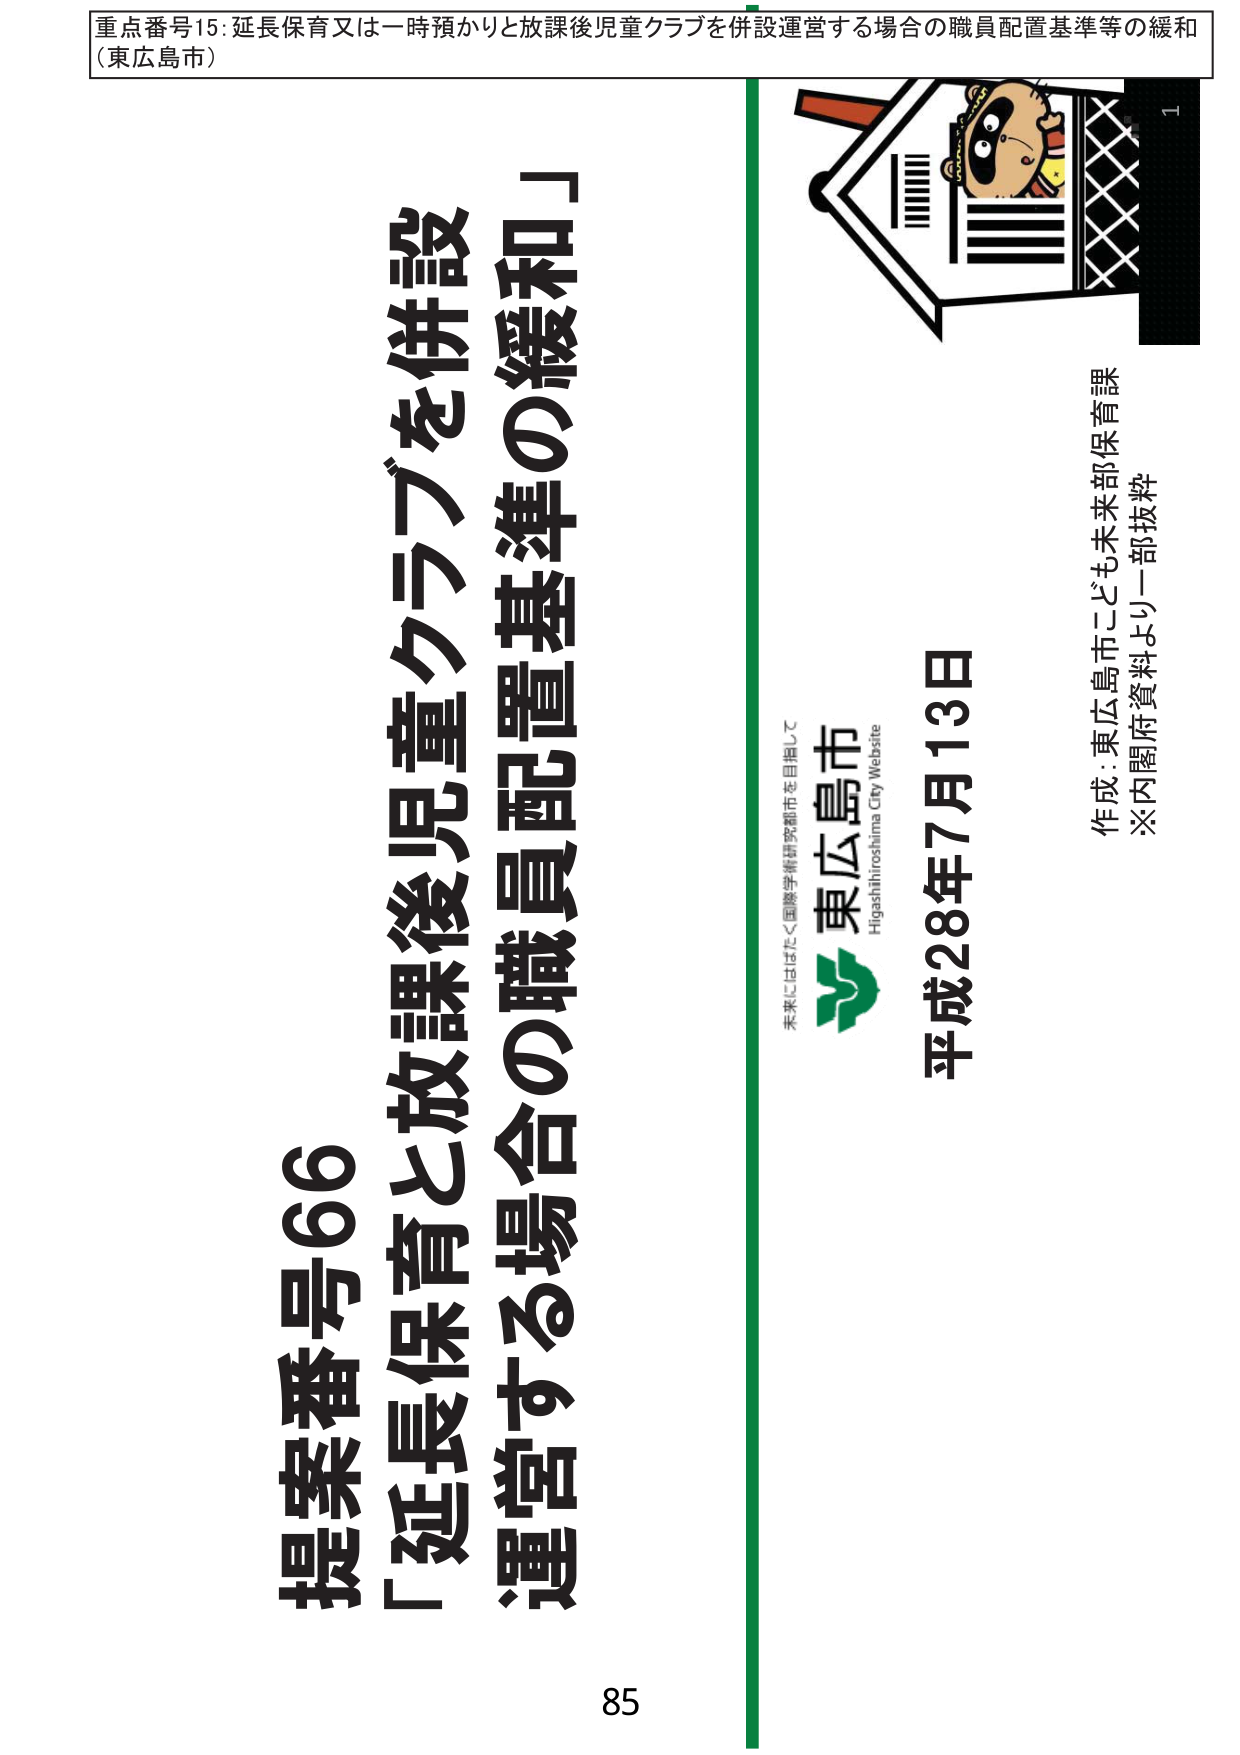
重点番号15:延長保育又は一時預かりと放課後児童クラブを併設運営する場合の職員配置基準等の緩和
（東広島市）

提案番号66
「延長保育と放課後児童クラブを併設
運営する場合の職員配置基準の緩和」

未来にはばたく国際学術研究都市を目指して
東広島市
Higashihiroshima City Website

平成28年7月13日

作成：東広島市こども未来部保育課
※内閣府資料より一部抜粋

85